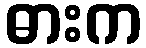
ဓားက